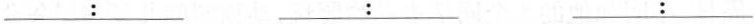
\underline{:} \underline{:} \underline{:}